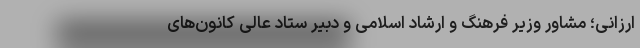
ارزانی؛ مشاور وزیر فرهنگ و ارشاد اسلامی و دبیر ستاد عالی کانون‌های